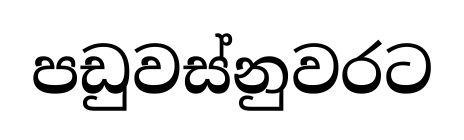
පඩුවස්නුවරට